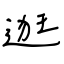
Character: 逛